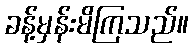
ခန့်မှန်းမိကြသည်။